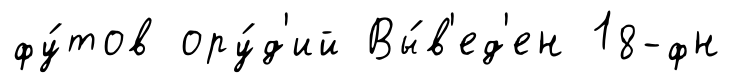
фу́тов ору́д'ий Вы́в'ед'ен 18-фн